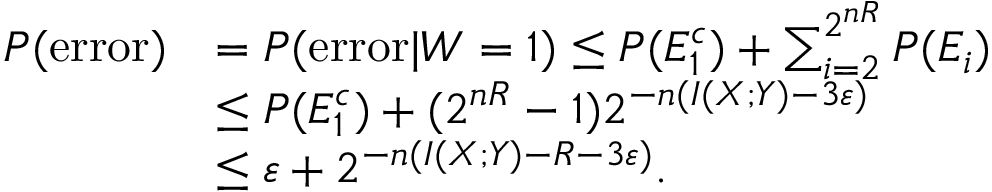
{ \begin{array} { r l } { P ( { \mathrm { e r r o r } } ) } & { = P ( { \mathrm { e r r o r } } | W = 1 ) \leq P ( E _ { 1 } ^ { c } ) + \sum _ { i = 2 } ^ { 2 ^ { n R } } P ( E _ { i } ) } \\ & { \leq P ( E _ { 1 } ^ { c } ) + ( 2 ^ { n R } - 1 ) 2 ^ { - n ( I ( X ; Y ) - 3 \varepsilon ) } } \\ & { \leq \varepsilon + 2 ^ { - n ( I ( X ; Y ) - R - 3 \varepsilon ) } . } \end{array} }